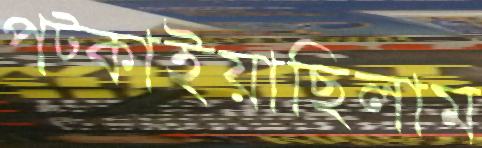
পট্‌কাইয়াছিলাম